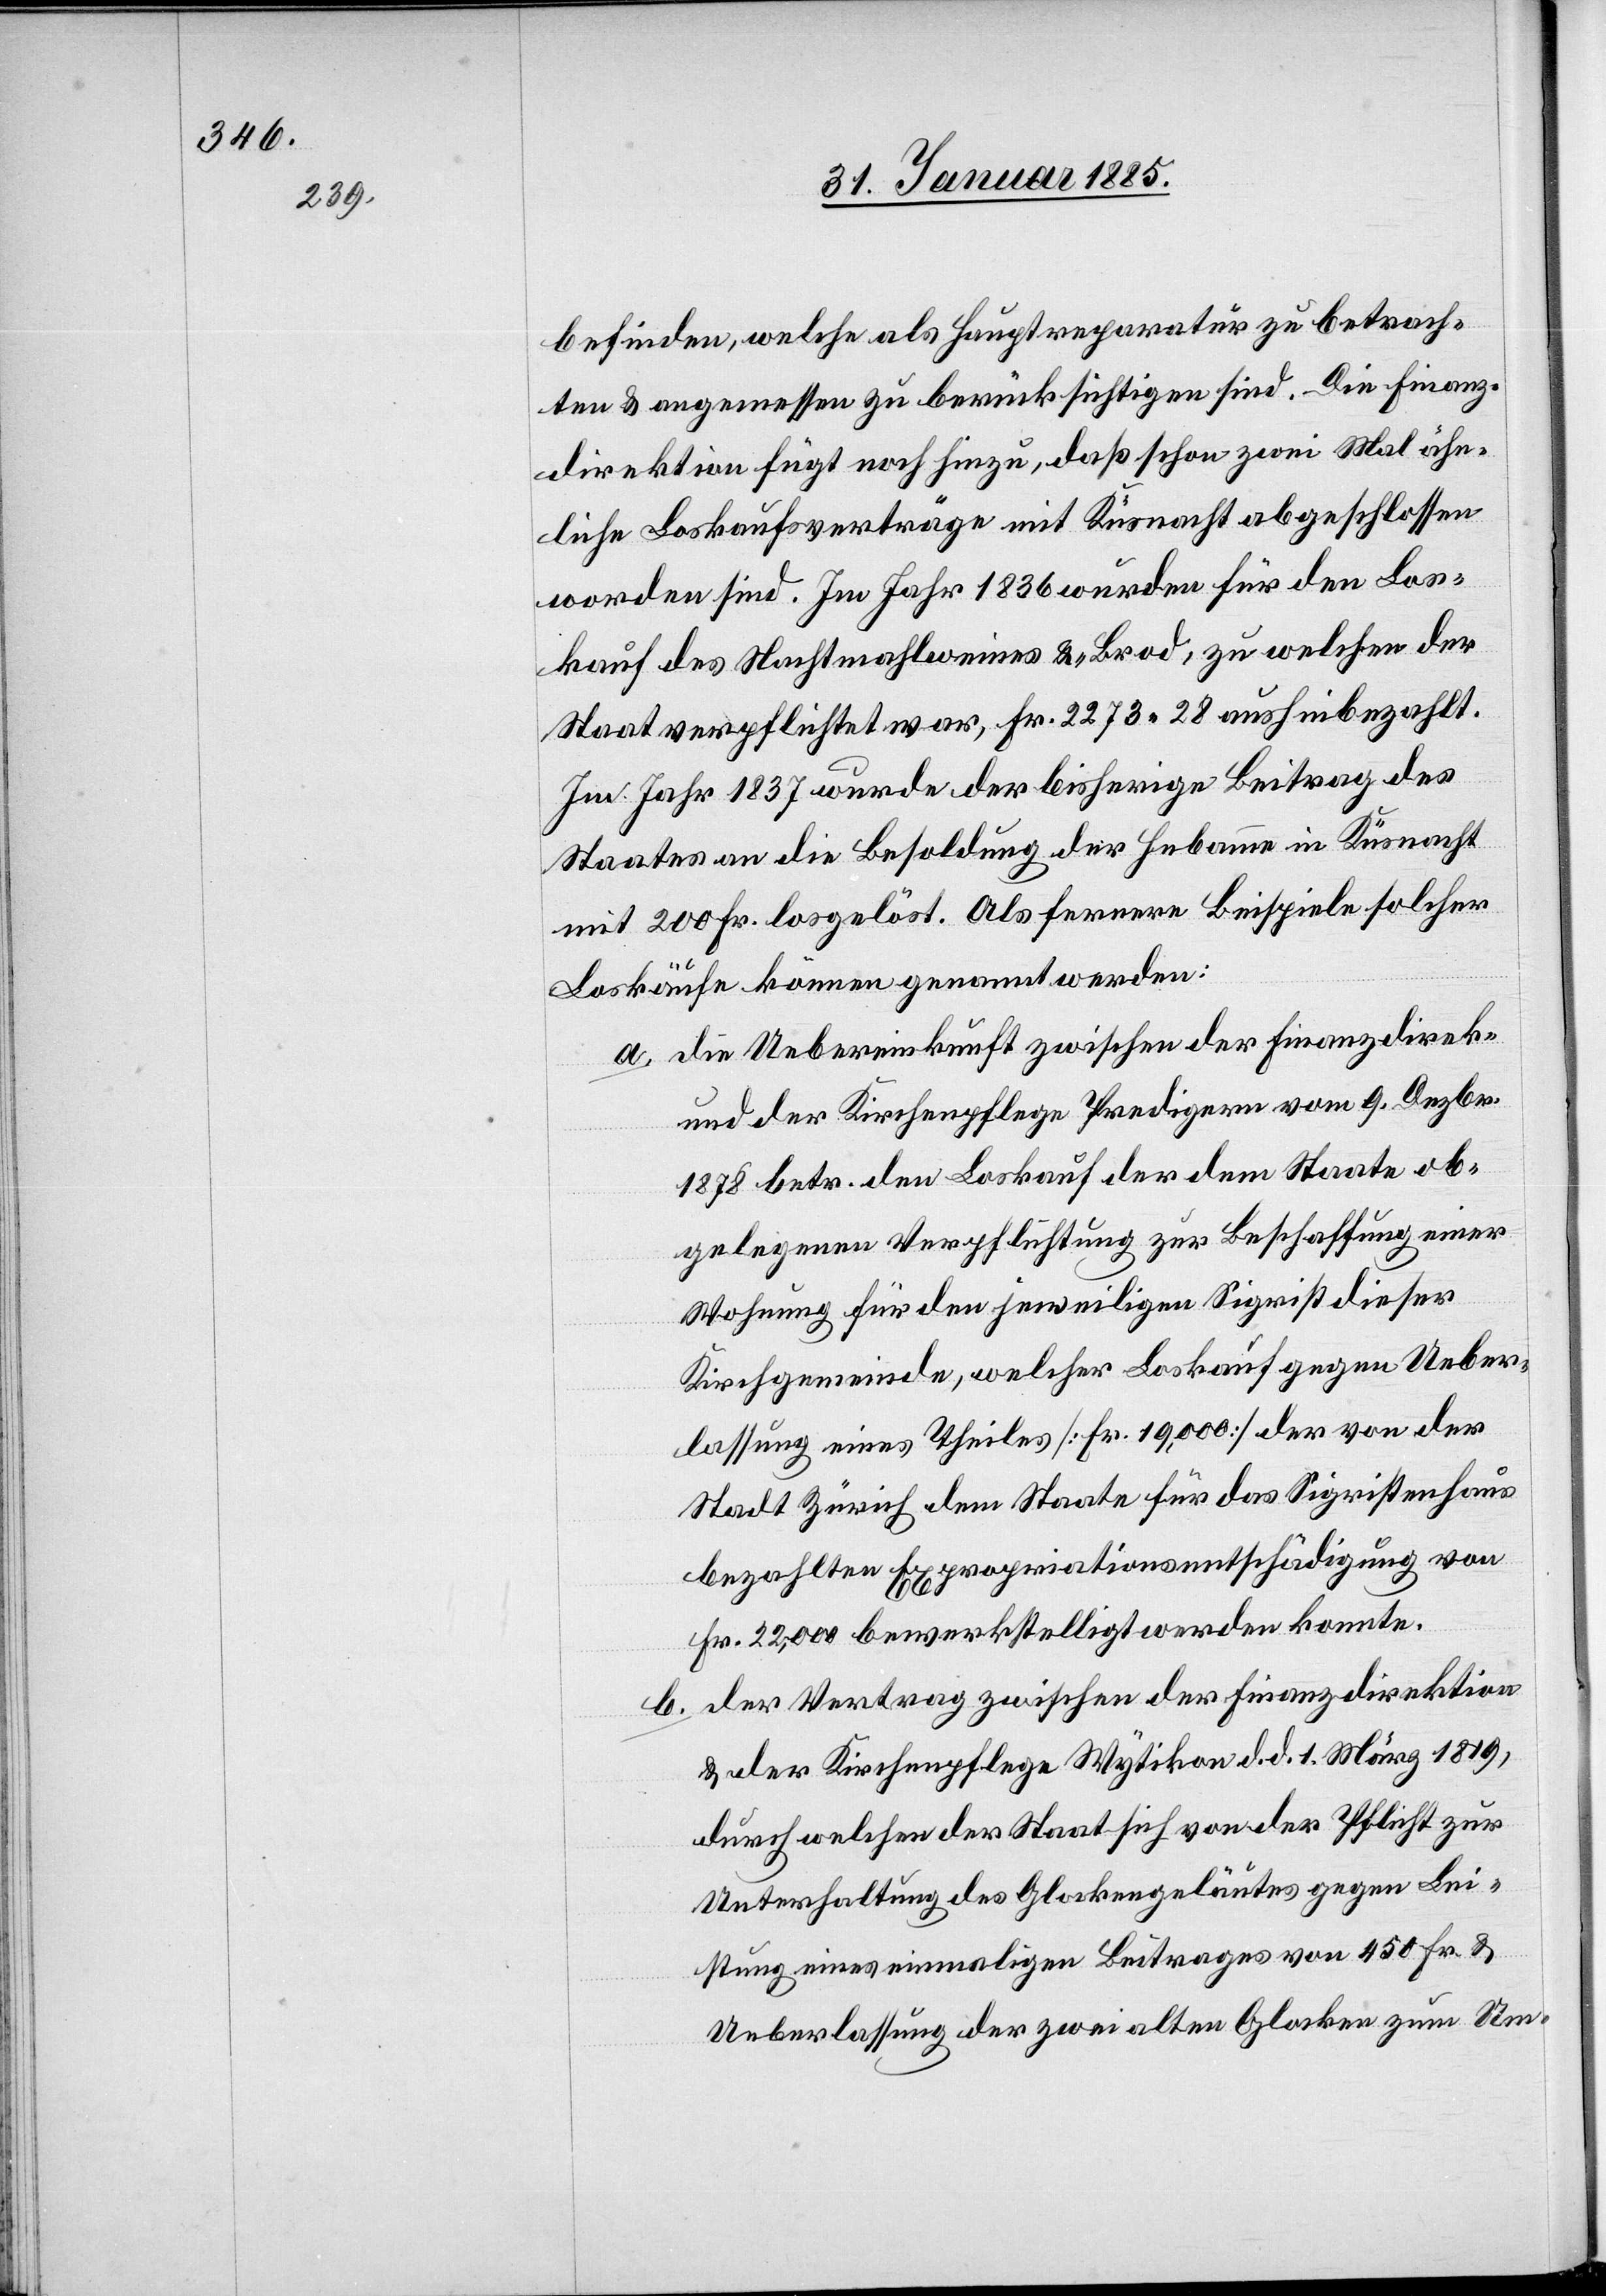
befinden, welche als Hauptreparatur zu betrach¬
ten & angemessen zu berücksichtigen sind. Die Finanz¬
direktion fügt noch hinzu, daß schon zwei Mal ähn¬
liche Loskaufsverträge mit Küsnacht abgeschlossen
worden sind. Im Jahr 1836 wurden für den Los¬
kauf des Nachtmahlweines & -Brod, zu welchen der
Staat verpflichtet war, Fr. 2273 28 aushinbezahlt.
Im Jahr 1837 wurde der bisherige Beitrag des
Staates an die Besoldung der Hebamme in Küsnacht
mit 200 Fr. losgelöst. Als fernere Beispiele solcher
Loskäufe können genannte werden:
a. die Uebereinkunft zwischen der Finanzdirek-
und der Kirchenpflege Predigern vom 9. Dezbr.
1878 betr. den Loskauf der dem Staate ob¬
gelegenen Verpflichtung zur Beschaffung einer
Wohnung für den jeweiligen Sigrist dieser
Kirchgemeinde, welcher Loskauf gegen Ueber¬
lassung eines Theiles [Fr. 19,000] der von der
Stadt Zürich dem Staate für das Sigristenhaus
bezahlten Expropriationsentschädigung von
Fr. 22,000 bewerkstelligt werden konnte.
b. der Vertrag zwischen der Finanzdirektion
& der Kirchenpflege Wytikon d. d. 1. März 1819,
durch welchen der Staat sich von der Pflicht zur
Unterhaltung des Glockengeläutes gegen Lei¬
stung eines einmaligen Beitrages von 450 Fr. &
Ueberlassung der zwei alten Glocken zum Um-